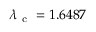
\lambda _ { \mathrm { ~ c ~ } } = 1 . 6 4 8 7